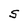
Character: S